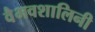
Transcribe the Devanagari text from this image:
वैभवशालिनी